Civil Veterinary Department. United Provinces 1912-22 - 1912-1922
Year: 1912
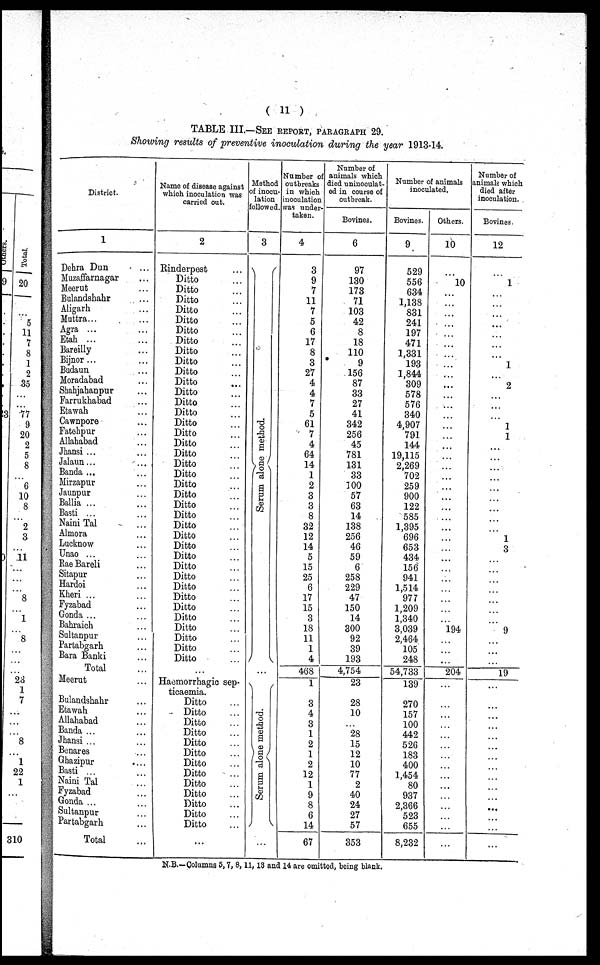
( 11 )
TABLE III.—SEE REPORT, PARAGRAPH 29.
Showing results of preventive inoculation during the year 1913-14.
District.
1
Dehra Dun ...
Muzaffarnagar ...
Meerut ...
Bulandshahr ...
Aligarh ...
Muttra... ...
Agra ... ...
Etah ... ...
Bareilly ...
Bijnor ... ...
Budaun ...
Moradabad ...
Shahjahanpur ...
Farrukhabad ...
Etawah ...
Cawnpore ...
Fatehpur ...
Allahabad ...
Jhansi ... ...
Jalaun ... ...
Banda ... ...
Mirzapur ...
Jaunpur ...
Ballia ... ...
Basti ... ...
Naini Tal ...
Almora ...
Lucknow ...
Unao ... ...
Rae Bareli ...
Sitapur ...
Hardoi ...
Kheri ... ...
Fyzabad ...
Gonda ... ...
Bahraich ...
Sultanpur ...
Partabgarh ...
Bara Banki ...
Total ...
Meerut ...
Bulandshahr ...
Etawah ...
Allahabad ...
Banda ... ...
Jhansi ... ...
Benares ...
Ghazipur
...
Basti ... ...
Naini Tal ...
Fyzabad ...
Gonda ... ...
Sultanpur ...
Partabgarh ...
Total ...
Name of disease against
which inoculation was
carried out.
2
Rinderpest ...
Ditto ...
Ditto ...
Ditto ...
Ditto ...
Ditto ...
Ditto ...
Ditto ...
Ditto ...
Ditto ...
Ditto ...
Ditto ...
Ditto ...
Ditto ...
Ditto ...
Ditto ...
Ditto ...
Ditto ...
Ditto ...
Ditto ...
Ditto ...
Ditto ...
Ditto ...
Ditto ...
Ditto ...
Ditto ...
Ditto ...
Ditto ...
Ditto ...
Ditto ...
Ditto ...
Ditto ...
Ditto ...
Ditto ...
Ditto ...
Ditto ...
Ditto ...
Ditto ...
Ditto ...
...
Haemorrhagic sep-
ticaemia.
Ditto ...
Ditto ...
Ditto ...
Ditto ...
Ditto ...
Ditto ...
Ditto ...
Ditto ...
Ditto ...
Ditto ...
Ditto ...
Ditto ...
Ditto ...
...
Method
of inocu-
lation
followed.
3
Se r
um alone method.
...
Se r
um alone method.
...
Number of
outbreaks
in which
inoculation
was under-
taken.
4
3
9
7
11
7
5
6
17
8
3
27
4
4
7
5
61
7
4
64
14
1
2
3
3
8
32
12
14
5
15
25
6
17
15
3
18
11
1
4
468
1
3
4
3
1
2
1
2
12
1
9
8
6
14
67
Number of
animals which
died uninoculat-
ed in course of
outbreak.
Bovines.
6
97
130
173
71
103
42
8
18
110
9
156
87
33
27
41
342
256
45
781
131
33
100
57
63
14
138
256
46
59
6
258
229
47
150
14
300
92
39
193
4,754
23
28
10
...
28
15
12
10
77
2
40
24
27
57
353
Number of animals
inoculated
Bovines.
9
529
556
634
1,138
831
241
197
471
1,331
193
1,844
309
578
576
340
4,907
791
144
19,115
2,269
702
259
900
122
585
1,395
696
653
434
156
941
1,514
977
1,209
1,340
3,039
2,464
105
248
54,733
139
270
157
100
442
526
183
400
1,454
80
937
2,366
523
655
8,232
Others.
10
...
10
...
...
...
...
...
...
...
...
...
...
...
...
...
...
...
...
...
...
...
...
...
...
...
...
...
...
...
...
...
...
...
...
...
194
...
...
...
204
...
...
...
...
...
...
...
...
...
...
...
...
...
...
...
Number of
animals which
died after
inoculation.
Bovines.
12
...
1
...
...
...
...
...
...
...
1
...
2
...
...
...
1
1
...
...
...
...
...
...
...
...
...
1
3
...
...
...
...
...
...
...
9
...
...
...
19
...
...
...
...
...
...
...
...
...
...
...
...
...
...
...
N.B.—Columns 5, 7, 8, 11, 13 and 14 are omitted, being blank.